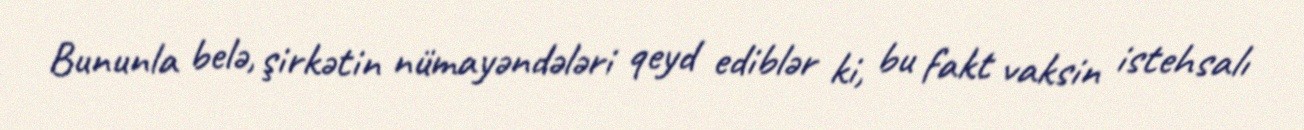
Bununla belə, şirkətin nümayəndələri qeyd ediblər ki, bu fakt vaksin istehsalı